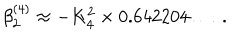
\beta _ { 2 } ^ { ( 4 ) } \approx - K _ { 4 } ^ { 2 } \times 0 . 6 4 2 2 0 4 \ldots \; .